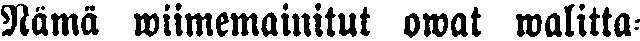
Nämä wiimemainitut owat walitta-